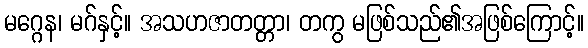
မဂ္ဂေန၊ မဂ်နှင့်။ အသဟဇာတတ္တာ၊ တကွ မဖြစ်သည်၏အဖြစ်ကြောင့်။